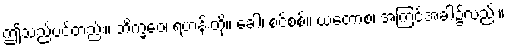
ဤသည်ပင်တည်း။ ဘိက္ခဝေ၊ ရဟန်းတို့။ ခေါ၊ စင်စစ်။ ယတောစ၊ အကြင်အခါ၌လည်း။